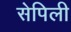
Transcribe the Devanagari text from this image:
सेपिली